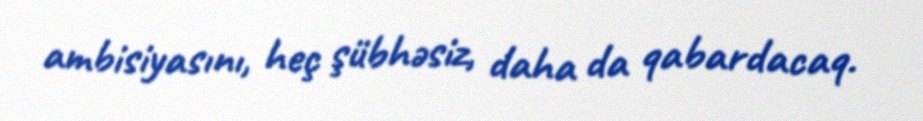
ambisiyasını, heç şübhəsiz, daha da qabardacaq.